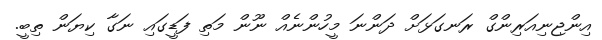
އިންޖިނިއަރިންގް ރަނގަޅަށް ދަންނަ މީހުންނެއް ނޫން މަތި ފަޑީގައި ނަގާ ކިޔަން ތިބީ.